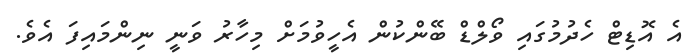
އެ އޮޑިޓް ހެދުމުގައި ވޯލްޑް ބޭންކުން އެހީވުމަށް މިހާރު ވަނީ ނިންމައިފަ އެވެ.